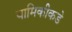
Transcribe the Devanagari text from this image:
यामिकीकडे